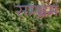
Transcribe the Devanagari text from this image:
सम्‍भ्रम